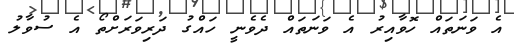
އެ ވަނަތައް ހޮވާއިރު އެ ވަނަތައް ދެވެނީ ހައްގު ދަރިވަރަށްތޯ އެ ސުވާލު